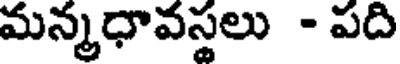
మన్మధావస్థలు - పది